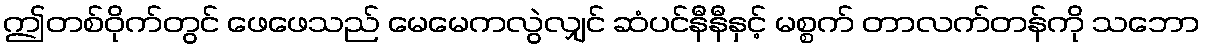
ဤတစ်ဝိုက်တွင် ဖေဖေသည် မေမေကလွဲလျှင် ဆံပင်နီနီနှင့် မစ္စက် တာလက်တန်ကို သဘော